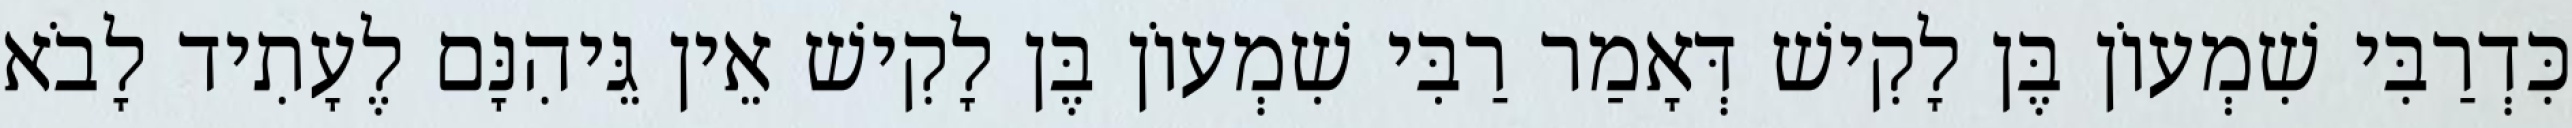
כִּדְרַבִּי שִׁמְעוֹן בֶּן לָקִישׁ דְּאָמַר רַבִּי שִׁמְעוֹן בֶּן לָקִישׁ אֵין גֵּיהִנָּם לֶעָתִיד לָבֹא